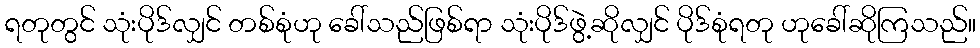
ရတုတွင် သုံးပိုဒ်လျှင် တစ်စုံဟု ခေါ်သည်ဖြစ်ရာ သုံးပိုဒ်ဖွဲ့ဆိုလျှင် ပိုဒ်စုံရတု ဟုခေါ်ဆိုကြသည်။